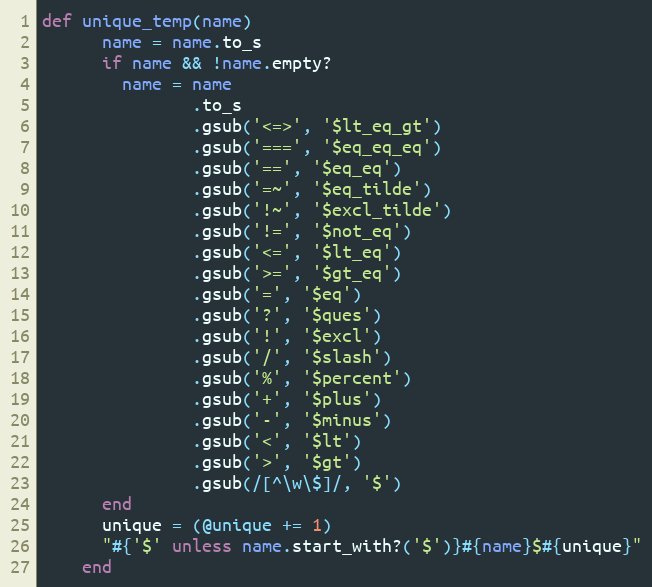
Language: Ruby
def unique_temp(name)
      name = name.to_s
      if name && !name.empty?
        name = name
               .to_s
               .gsub('<=>', '$lt_eq_gt')
               .gsub('===', '$eq_eq_eq')
               .gsub('==', '$eq_eq')
               .gsub('=~', '$eq_tilde')
               .gsub('!~', '$excl_tilde')
               .gsub('!=', '$not_eq')
               .gsub('<=', '$lt_eq')
               .gsub('>=', '$gt_eq')
               .gsub('=', '$eq')
               .gsub('?', '$ques')
               .gsub('!', '$excl')
               .gsub('/', '$slash')
               .gsub('%', '$percent')
               .gsub('+', '$plus')
               .gsub('-', '$minus')
               .gsub('<', '$lt')
               .gsub('>', '$gt')
               .gsub(/[^\w\$]/, '$')
      end
      unique = (@unique += 1)
      "#{'$' unless name.start_with?('$')}#{name}$#{unique}"
    end